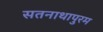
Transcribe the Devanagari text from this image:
सतनाथापुरम